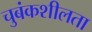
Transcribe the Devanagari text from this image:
चुबंकशीलता